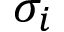
\sigma _ { i }